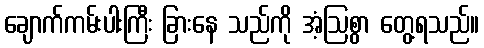
ချောက်ကမ်းပါးကြီး ခြားနေ သည်ကို အံ့ဩစွာ တွေ့ရသည်။